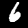
Digit: 6